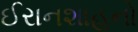
ઈરાનશાહનો